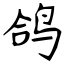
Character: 鸽